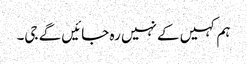
ہم کہیں کے نہیں رہ جائیں گے جی۔